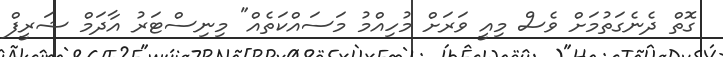
ގޮތް ދެނެގަތުމަށް ވެސް މިއީ ވަރަށް މުހިއްމު މަސައްކަތެއް" މިނިސްޓަރު އާދަމް ޝަރީފް